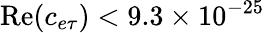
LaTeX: \mathrm{Re}(c_{e\tau})<9.3\times 10^{-25}